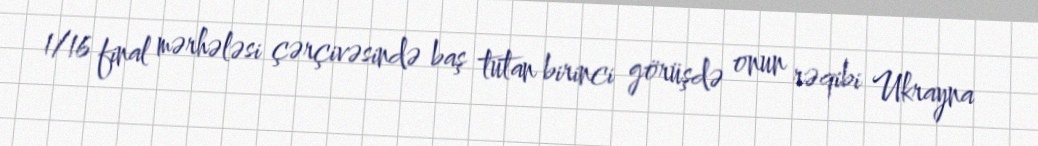
1/16 final mərhələsi çərçivəsində baş tutan birinci görüşdə onun rəqibi Ukrayna